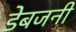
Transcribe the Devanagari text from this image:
डेबजनी